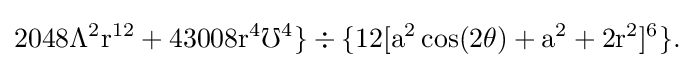
{\rm {2048\Lambda ^{2}r^{12}+43008r^{4}\mho ^{4}\}\div \{12[a^{2}\cos(2\theta )+a^{2}+2r^{2}]^{6}\}{\text{.}}}}